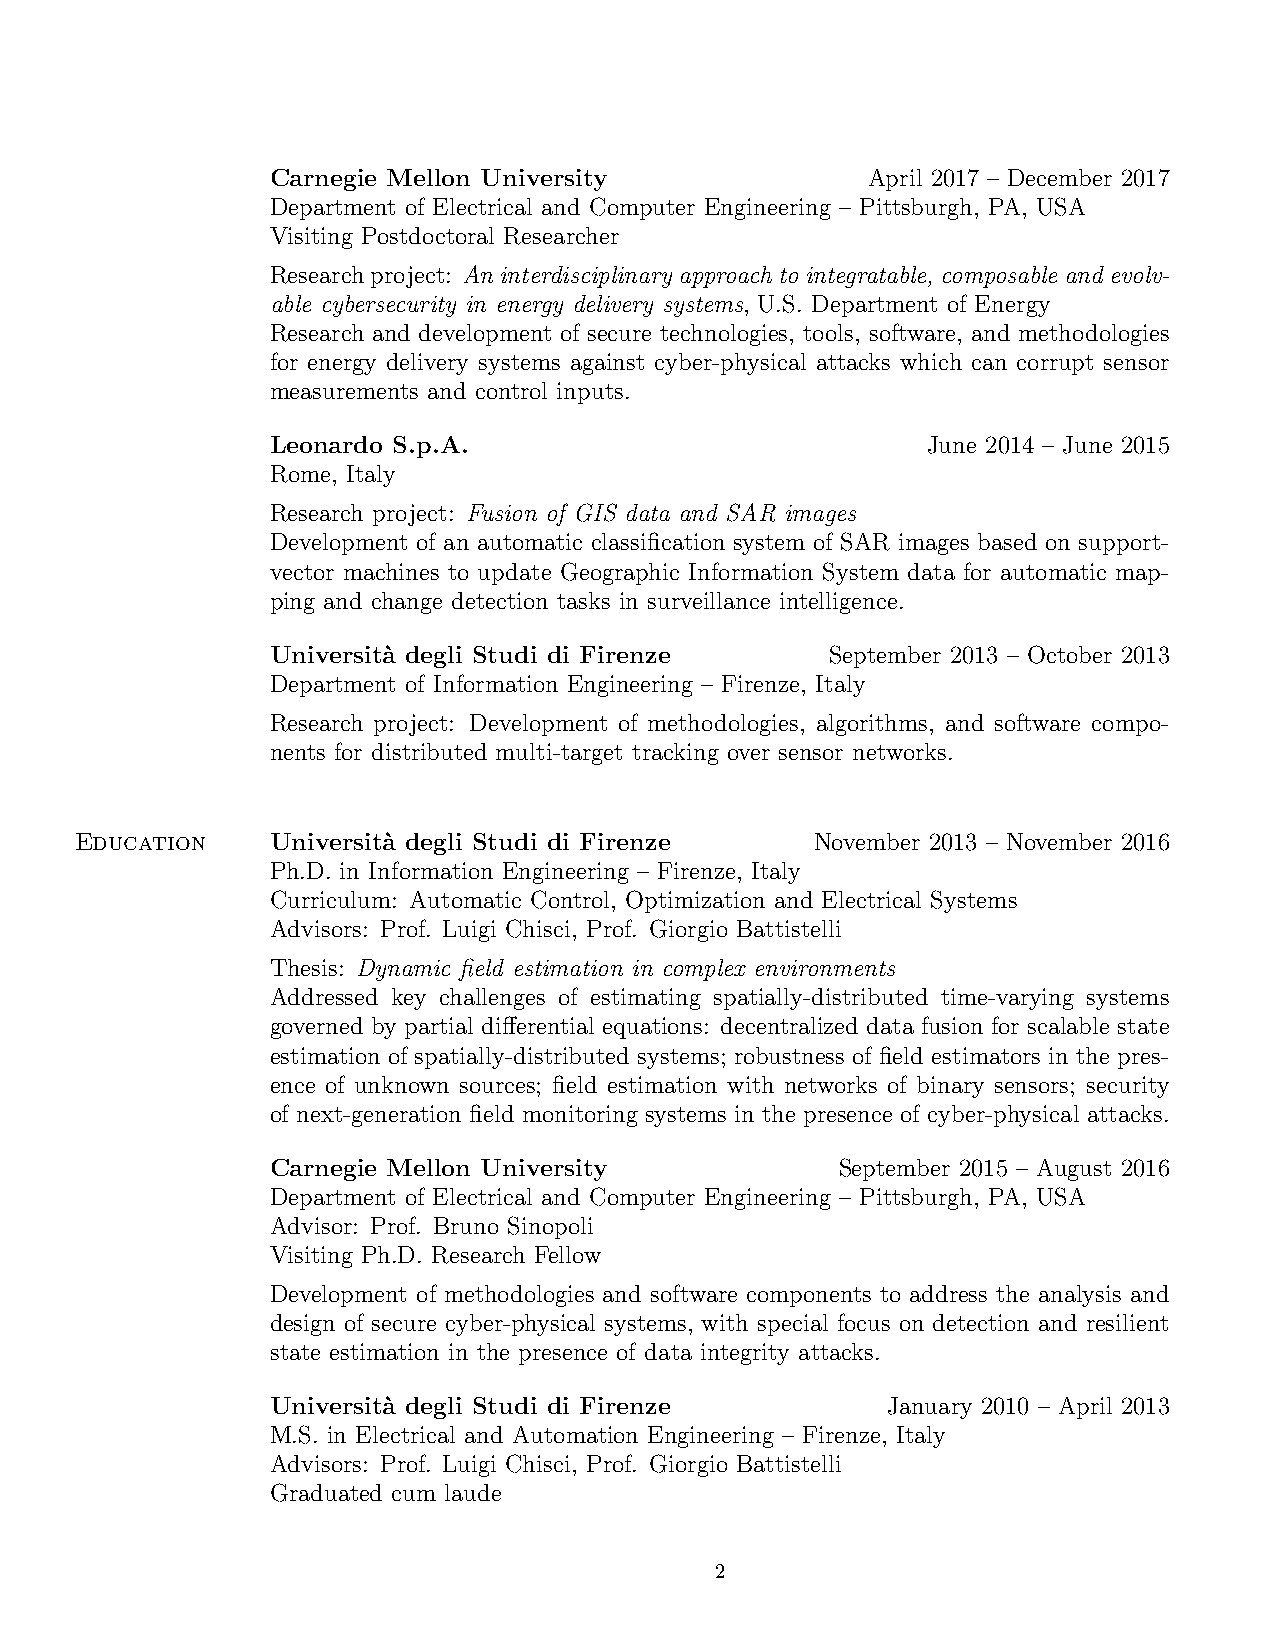
Carnegie Mellon University             April 2017 – December 2017
 Department of Electrical and Computer Engineering – Pittsburgh, PA, USA
 Visiting Postdoctoral Researcher
 Researchproject: An interdisciplinary approach to integratable, composable and evolv-
 able cybersecurity in energy delivery systems, U.S. Department of Energy
 Research and development of secure technologies, tools, software, and methodologies
 for energy delivery systems against cyber-physical attacks which can corrupt sensor
 measurements and control inputs.
 Leonardo S.p.A.                            June 2014 – June 2015
 Rome, Italy
 Research project: Fusion of GIS data and SAR images
 Development of an automatic classification system of SAR images based on support-
 vector machines to update Geographic Information System data for automatic map-
 ping and change detection tasks in surveillance intelligence.
 Universit`a degli Studi di Firenze   September 2013 – October 2013
 Department of Information Engineering – Firenze, Italy
 Research project: Development of methodologies, algorithms, and software compo-
 nents for distributed multi-target tracking over sensor networks.
 Education    Universit`a degli Studi di Firenze  November 2013 – November 2016
 Ph.D. in Information Engineering – Firenze, Italy
 Curriculum: Automatic Control, Optimization and Electrical Systems
 Advisors: Prof. Luigi Chisci, Prof. Giorgio Battistelli
 Thesis: Dynamic field estimation in complex environments
 Addressed key challenges of estimating spatially-distributed time-varying systems
 governed by partial differential equations: decentralized data fusion for scalable state
 estimation of spatially-distributed systems; robustness of field estimators in the pres-
 ence of unknown sources; field estimation with networks of binary sensors; security
 of next-generation field monitoring systems in the presence of cyber-physical attacks.
 Carnegie Mellon University            September 2015 – August 2016
 Department of Electrical and Computer Engineering – Pittsburgh, PA, USA
 Advisor: Prof. Bruno Sinopoli
 Visiting Ph.D. Research Fellow
 Development of methodologies and software components to address the analysis and
 design of secure cyber-physical systems, with special focus on detection and resilient
 state estimation in the presence of data integrity attacks.
 Universit`a degli Studi di Firenze       January 2010 – April 2013
 M.S. in Electrical and Automation Engineering – Firenze, Italy
 Advisors: Prof. Luigi Chisci, Prof. Giorgio Battistelli
 Graduated cum laude
 2